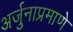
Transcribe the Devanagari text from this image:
अर्जुनाप्रमाणे